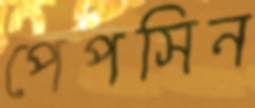
পেপসিন